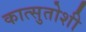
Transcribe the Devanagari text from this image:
कात्सुतोशी